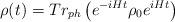
LaTeX: \begin{align*}\rho(t) = Tr_{ph} \left( e^{-iHt} \rho_0 e^{iHt} \right)\end{align*}